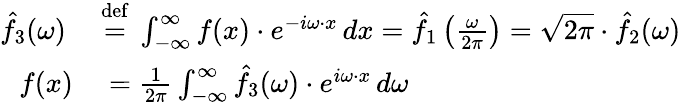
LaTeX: \begin{array}{rl}{{\hat{f}}_{3}(\omega)\ }&{{}{\stackrel{\mathrm{def}}{=}}\ \int_{-\infty}^{\infty}f(x)\cdot e^{-i\omega\cdot x}\, dx={\hat{f}}_{1}\left({\frac{\omega}{2\pi}}\right)={\sqrt{2\pi}}\cdot{\hat{f}}_{2}(\omega)}\\ {f(x)}&{{}={\frac{1}{2\pi}}\int_{-\infty}^{\infty}{\hat{f}}_{3}(\omega)\cdot e^{i\omega\cdot x}\, d\omega}\end{array}